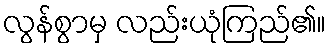
လွန်စွာမှ လည်းယုံကြည်၏။